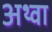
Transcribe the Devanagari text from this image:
अथ्‍वा